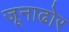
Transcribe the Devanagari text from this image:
जूनाढोर